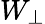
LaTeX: W_{\perp}